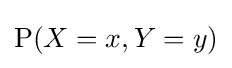
\mathrm {P} (X=x,Y=y)